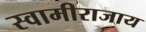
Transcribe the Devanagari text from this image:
स्वामीराजाय